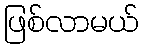
ဖြစ်လာမယ်